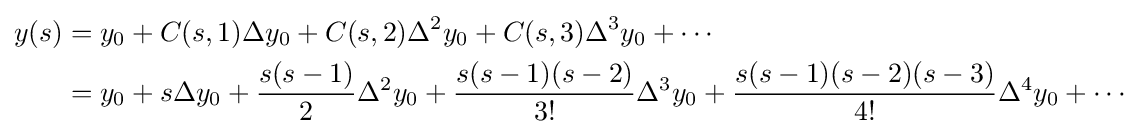
{\begin{aligned}y(s)&=y_{0}+C(s,1)\Delta y_{0}+C(s,2)\Delta ^{2}y_{0}+C(s,3)\Delta ^{3}y_{0}+\cdots \\&=y_{0}+s\Delta y_{0}+{\frac {s(s-1)}{2}}\Delta ^{2}y_{0}+{\frac {s(s-1)(s-2)}{3!}}\Delta ^{3}y_{0}+{\frac {s(s-1)(s-2)(s-3)}{4!}}\Delta ^{4}y_{0}+\cdots \end{aligned}}